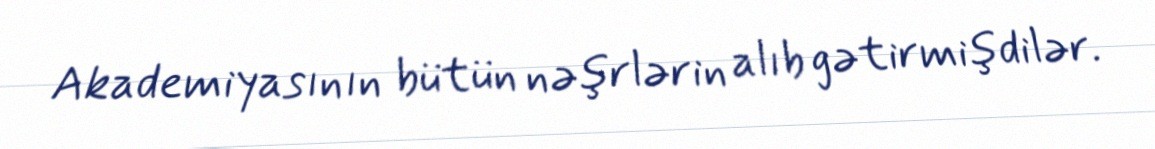
Akademiyasının bütün nəşrlərin alıb gətirmişdilər.